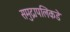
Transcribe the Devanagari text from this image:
समुद्रापलिकडे